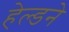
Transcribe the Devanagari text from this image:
हेल्डने